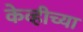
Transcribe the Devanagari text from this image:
केव्हीच्या